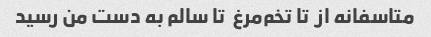
متاسفانه از  تا تخم‌مرغ  تا سالم به دست من رسید